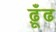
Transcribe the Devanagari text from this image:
ढ़ूँढ